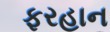
ફરહાન